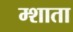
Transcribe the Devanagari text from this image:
म्शाता